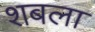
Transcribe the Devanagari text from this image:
शबला